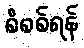
စိစစ်ရန်